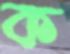
ক